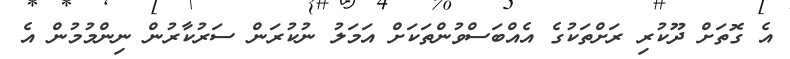
އެ ގޮތަށް ދޫކުރި ރަށްތަކުގެ އެއްބަސްވުންތަކަށް އަމަލު ނުކުރަން ސަރުކާރުން ނިންމުމުން އެ